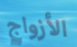
الأزواج